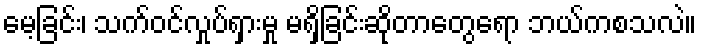
မေ့ခြင်း၊ သက်ဝင်လှုပ်ရှားမှု မရှိခြင်းဆိုတာတွေရော ဘယ်ကစသလဲ။